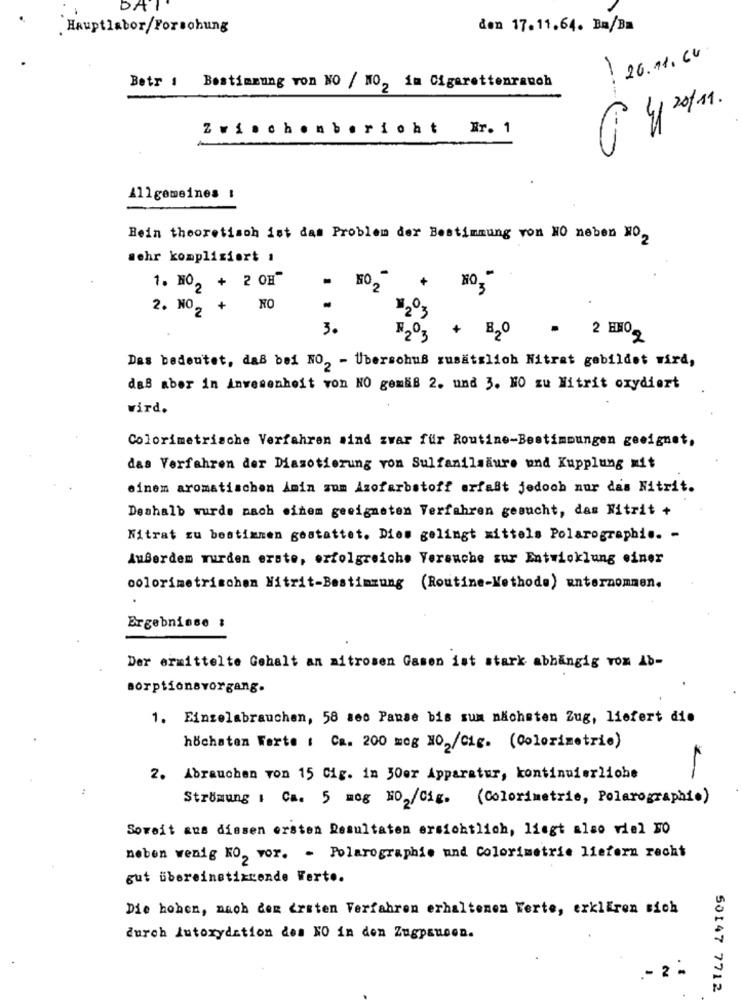
DAT
.Hauptlabor/Forschung
den 17.11.64. Ba/Ba
26.11.64
Betr : Bestimmung von NO / NO, im Cigarettenrauch
4/ 20/11.
Zwischenbericht Nr. 1
Allgemeines :
Hein theoretisch ist das Problem der Bestimmung von NO neben NO,
mohr kompliziert 1
1. HO, + 2 OH"
+
2. NO, + NO
2 3
3.
F/203 + H2O
2 FO
Das bedeutet, daß bei NO, - Uberschuß zusätzlich Nitrat gebildet wird,
daß aber in invesenheit von NO gemäß 2. und 3. NO zu Nitrit oxydiert
wird.
Colorimetriache Verfahren sind zwar für Routine-Bestimmungen geeignet,
das Verfahren der Diasotierung von Sulfanilsäure und Kupplung mit
einem aromatischen Amin zum Azofarbstoff erfaßt jedoch nur das Nitrit.
Deshalb wurde nach einem geeigneten Verfahren gesucht, das Nitrit +
Nitrat zu bestimmen gestattet. Dies gelingt wittels Polarographie. -
AuBerdem wurden erste, erfolgreiche Versuche zur Entwicklung einer
colorimetrischen Nitrit-Bestimmung (Routine-Methode) unternommen.
Ergebnisse :
Der ermittelte Gehalt an aitrosen Gasen ist stark abhängig vom Ab-
sorptionsvorgang.
1. Einzelabrauchen, 58 ses Panse bis sum nächsten Zug, liefert die
höchsten Werte : Ca. 200 meg H02/Cig. (Colorimetrie)
2. Abrauchen von 15 Cig. in 30er Apparatur, kontinuierliche
:
Strömung 1 Ca. 5 mog NO2/cig. (Colorimetric, Polarographie)
Soweit aus diesen ersten Resultaten ersichtlich, liegt also vial NO
neben wenig KO, vor. - Polarographie und Colorimetric liefern recht
gut übereinstimmende Werte.
Die hohen, nach dem Ersten Verfahren erhaltenen Werte, erkiEren sich
durch Autoxydation des NO in den Zugpanoen.
.- 2 -
50147 7712